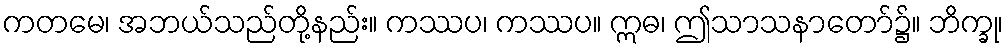
ကတမေ၊ အဘယ်သည်တို့နည်း။ ကဿပ၊ ကဿပ။ ဣဓ၊ ဤသာသနာတော်၌။ ဘိက္ခု၊